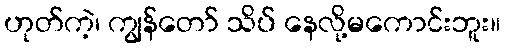
ဟုတ်ကဲ့၊ ကျွန်တော် သိပ် နေလို့မကောင်းဘူး။